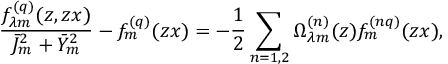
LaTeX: \frac { f _ { \lambda m } ^ { ( q ) } ( z , z x ) } { \bar { J } _ { m } ^ { 2 } + \bar { Y } _ { m } ^ { 2 } } - f _ { m } ^ { ( q ) } ( z x ) = - \frac { 1 } { 2 } \sum _ { n = 1 , 2 } \Omega _ { \lambda m } ^ { ( n ) } ( z ) f _ { m } ^ { ( n q ) } ( z x ) ,